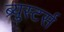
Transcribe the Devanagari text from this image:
ब्र्युस्टर्स